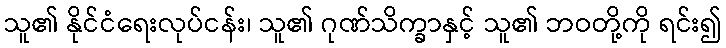
သူ၏ နိုင်ငံရေးလုပ်ငန်း၊ သူ၏ ဂုဏ်သိက္ခာနှင့် သူ၏ ဘဝတို့ကို ရင်း၍